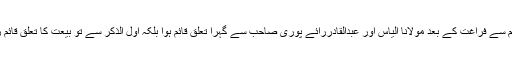
تعلیم سے فراغت کے بعد مولانا الیاسؒ اور عبدالقادررائے پوری صاحبؒ سے گہرا تعلق قائم ہوا بلکہ اول الذکر سے تو بیعت کا تعلق قائم رہا۔